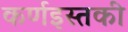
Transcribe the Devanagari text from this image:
कर्णइस्तकी